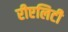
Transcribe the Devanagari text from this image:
रीएलिटी